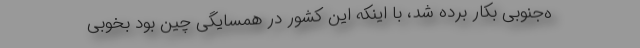
ه‌جنوبی بکار برده شد، با اینکه این کشور در همسایگی چین بود بخوبی